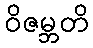
ဝိဇမ္ဘတိ